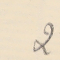
2